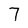
Character: 7